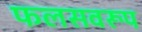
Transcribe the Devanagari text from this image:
फलसवरूप